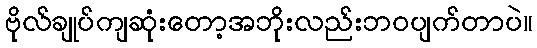
ဗိုလ်ချုပ်ကျဆုံးတော့အဘိုးလည်းဘဝပျက်တာပဲ။